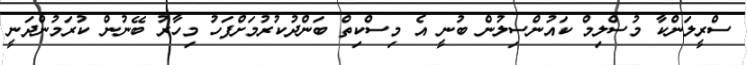
ސްރީލަންކާ މުސްލިމް ކައުންސިލުން ބުނީ އެ މިސްކިތް ބަންދުކުރުމަށްފަހު މިހާރު ބޭނުން ކުރަމުންދަނީ